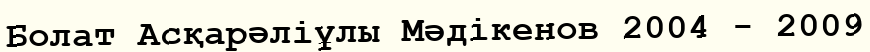
Болат Асқарәліұлы Мәдікенов 2004 - 2009